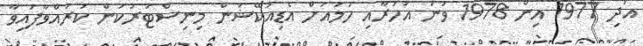
އަދި 1977 އިން 1978 ވަނަ އަހަރާއި ހަމައަށް އެޑިއުކޭޝަން މިނިސްޓަރުކަން ކުރައްވާފައިވާ